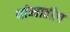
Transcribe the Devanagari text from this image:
थांब्यातील